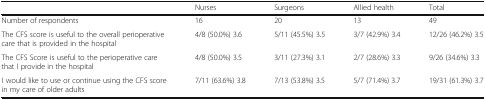
<table><thead><tr><td></td><td><b>Nurses</b></td><td><b>Surgeons</b></td><td><b>Allied health</b></td><td><b>Total</b></td></tr></thead><tbody><tr><td>Number of respondents</td><td>16</td><td>20</td><td>13</td><td>49</td></tr><tr><td>The CFS score is useful to the overall perioperative care that is provided in the hospital</td><td>4/8 (50.0%) 3.6</td><td>5/11 (45.5%) 3.5</td><td>3/7 (42.9%) 3.4</td><td>12/26 (46.2%) 3.5</td></tr><tr><td>The CFS Score is useful to the perioperative care that I provide in the hospital</td><td>4/8 (50.0%) 3.5</td><td>3/11 (27.3%) 3.1</td><td>2/7 (28.6%) 3.3</td><td>9/26 (34.6%) 3.3</td></tr><tr><td>I would like to use or continue using the CFS score in my care of older adults</td><td>7/11 (63.6%) 3.8</td><td>7/13 (53.8%) 3.5</td><td>5/7 (71.4%) 3.7</td><td>19/31 (61.3%) 3.7</td></tr></tbody></table>